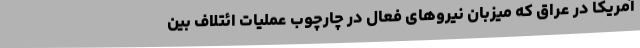
آمریکا در عراق که میزبان نیروهای فعال در چارچوب عملیات ائتلاف بین